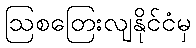
ဩစတြေးလျနိုင်ငံမှ